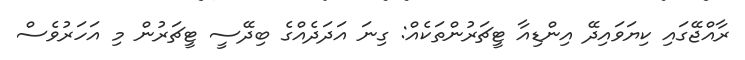
ރާއްޖޭގައި ކިޔަވައިދޭ އިންޑިއާ ޓީޗަރުންތަކެއް: ގިނަ އަދަދެއްގެ ބިދޭސީ ޓީޗަރުން މި އަހަރުވެސް